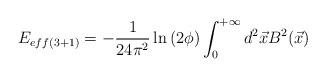
LaTeX: \begin{align*}E_{eff(3+1)}=-\frac{1}{24\pi^{2}}\ln\left(2\phi\right)\int_{0}^{+\infty}d^{2}\vec{x}B^{2}(\vec{x})\end{align*}